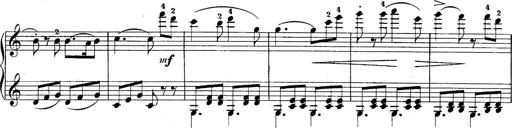
Title: 10 Sonatines progressives
Composer: Anton Schmoll